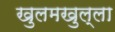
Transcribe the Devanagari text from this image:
खुलमखुल्ला